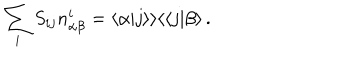
\sum _ { i } S _ { i j } n _ { \alpha \beta } ^ { i } = \langle \alpha | j \rangle \rangle \langle \langle j | \beta \rangle \, .